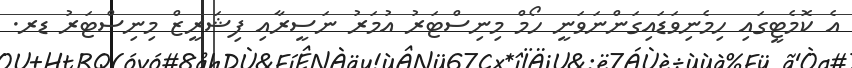
އެ ކޮމެޓީގައި ހިމެނިވަޑައިގަންނަވަނީ ހޯމް މިނިސްޓަރު އުމަރު ނަސީރާއި ފިޝަރީޒް މިނިސްޓަރު ޑރ.